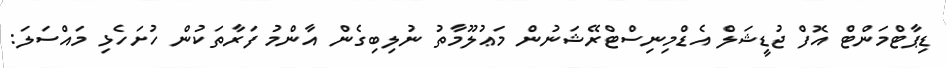
ޑިޕާޓްމަންޓް އޮފް ޖުޑީޝަލް އެޑްމިނިސްޓްރޭޝަނުން މަޢުލޫމާތު ނުލިބިގެން އާންމު ފަރާތަކުން ހުށަހެޅި މައްސަލަ: